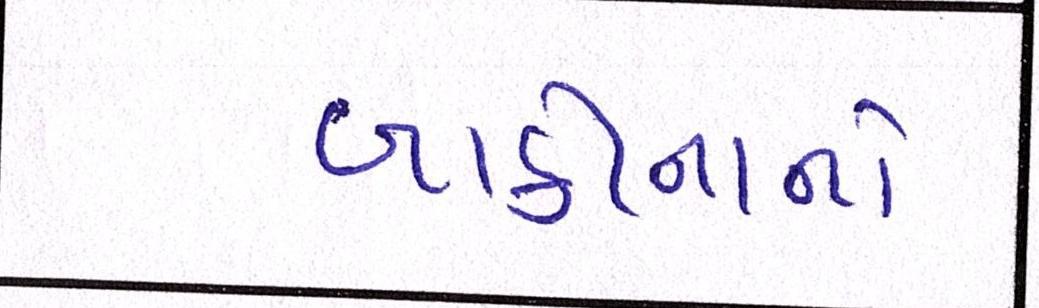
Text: બાકીનાને